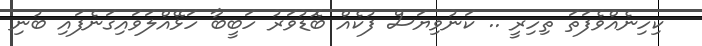
ކިހިނެއްވެފަތަ ތިހިރީ .. ކަނުވިޔަސް ފުކެއް ބޮޑުވަރު ހަބީބާ ހަޅޭއްލަވައިގަނެފައި ބުނި